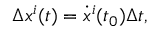
\Delta x ^ { i } ( t ) = \dot { x } ^ { i } ( t _ { 0 } ) \Delta t ,